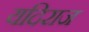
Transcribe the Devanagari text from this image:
यदिराज